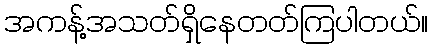
အကန့်အသတ်ရှိနေတတ်ကြပါတယ်။